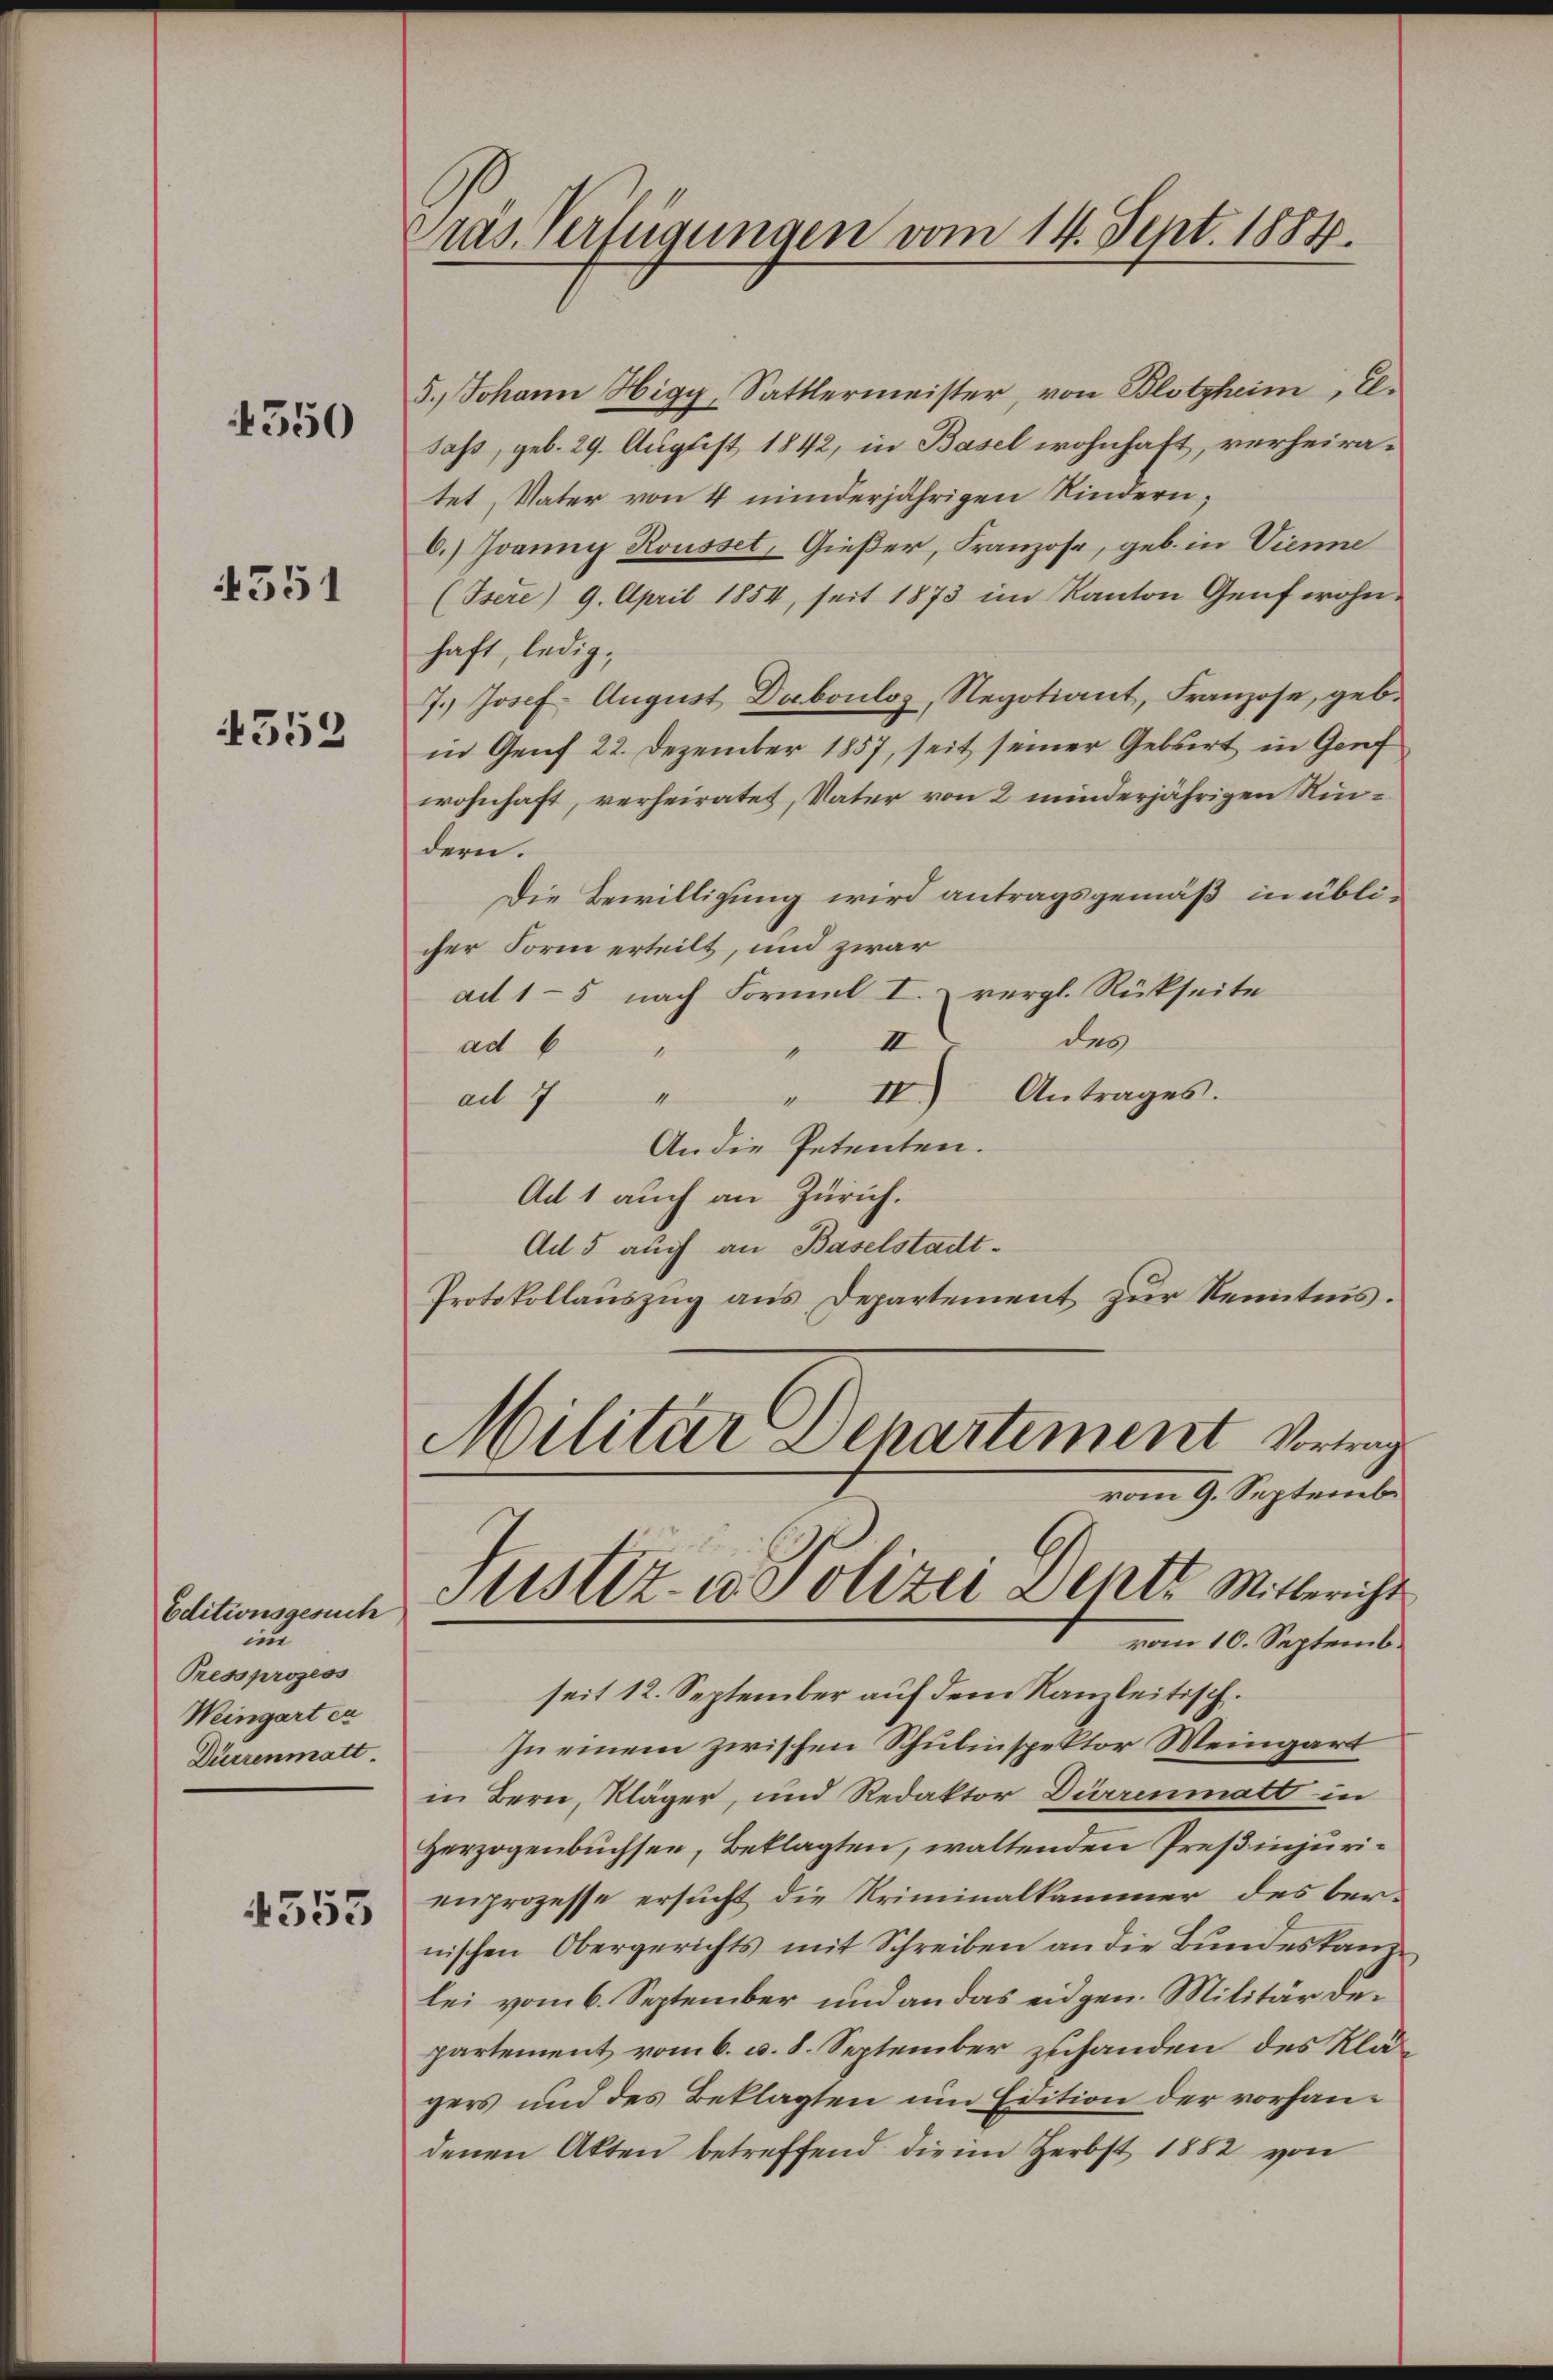
4550

4351

4353

Editionsgesuch
im
Pressprozess
Weingart er
Dürrenmatt

4555

ras Verfügungen vom 14. Sept. 1884.

5.) Johann Higy, Sattlermeister, von Blotzheim, E.
daß, geb. 29. August 1842, in Basel wohnhaft, verheiratet, Vater von 4 minderjährigen Kindern;
6.) Joanny Rousset, Gießer, Franzose, geb. in Vienne
(Isere) 9. April 1854, seit 1873 im Kanton Genf wohnhaft, ledig,
7.) Josef August Duboulos, Negotiant, Franzose, geb.
in Genf 22. Dezember 1857, seit seiner Geburt in Genf
wohnhaft, verheiratet, Vater von 2 minderjährigen Nudern.
Die Bewilligung wird antragsgemäß in üblicher Form erteilt, und zwar
ad 1-5 nach Formel I. vergl. Rückseite
des
III
ad 6
" IV) Antrages.
ad 7 "
An die Petenten.
Ad 1 auch an Zürich.
Ad 5 auch an Baselstadt¬
Protokollauszug aus Departement zur Kenntnis.
Militar Departement Vortrag
vom 9. Septemb
Sistiz- u. Polizei ents Mitbericht
vom 10. Septemb.
seit 12. September auf dem Ramleitisch.
In einem zwischen Schulinspektor Weingart
in Bern, Kläger, und Redaktor Dürrenmatt in
Herzogenbuchsen, Beklagten, waltenden Preßinjurienprozesse ersucht die Kriminalkammer des bernischen Obergerichts mit Schreiben an die Bundeskanzlei vom 6. September und an das eidgen. Militärdepartement vom 6. v. 8. September zuhanden des Klägers und des Beklagten um Edition der vorhandenen Akten betreffend die im Herbst 1852 von